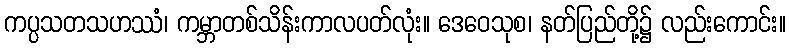
ကပ္ပသတသဟဿံ၊ ကမ္ဘာတစ်သိန်းကာလပတ်လုံး။ ဒေဝေသုစ၊ နတ်ပြည်တို့၌ လည်းကောင်း။